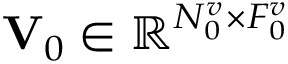
{ \bf V } _ { 0 } \in \mathbb { R } ^ { N _ { 0 } ^ { v } \times F _ { 0 } ^ { v } }